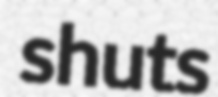
shuts